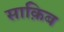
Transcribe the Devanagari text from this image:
साक़िब